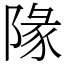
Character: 䧘